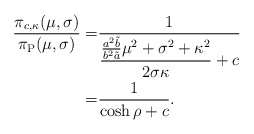
\begin{align*}\frac{\pi_{c,\kappa}(\mu,\sigma)}{\pi_\mathrm{P}(\mu,\sigma)}=& \frac{1}{\displaystyle \frac{\frac{a^2\tilde{b}}{b^2\tilde{a}} \mu^2 + \sigma^2 + \kappa^2}{2\sigma \kappa}+c} \\=& \frac{1}{\cosh \rho + c}.\end{align*}